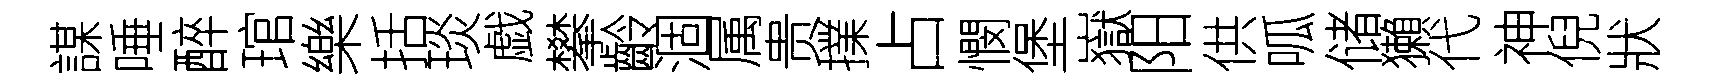
謀唾醉琯樂括琰戯攀齡涸属贵擈占憫堡嶽阳供呱储獺代神倪狀